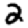
Digit: 2